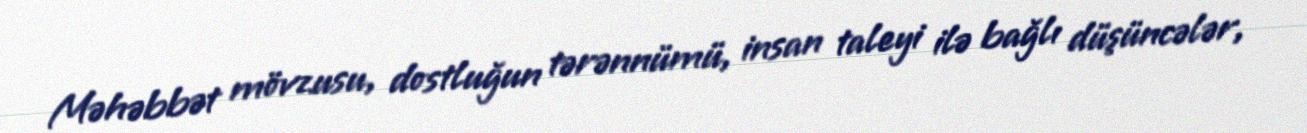
Məhəbbət mövzusu, dostluğun tərənnümü, insan taleyi ilə bağlı düşüncələr,